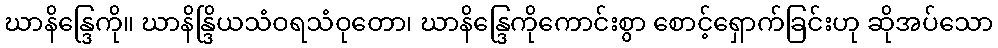
ဃာနိန္ဒြေကို။ ဃာနိန္ဒြိယသံဝရသံဝုတော၊ ဃာနိန္ဒြေကိုကောင်းစွာ စောင့်ရှောက်ခြင်းဟု ဆိုအပ်သော